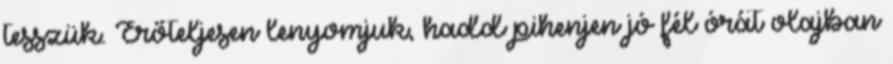
tesszük. Erőteljesen lenyomjuk, hadd pihenjen jó fél órát olajban